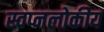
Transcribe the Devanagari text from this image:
स्वप्नलोकीय